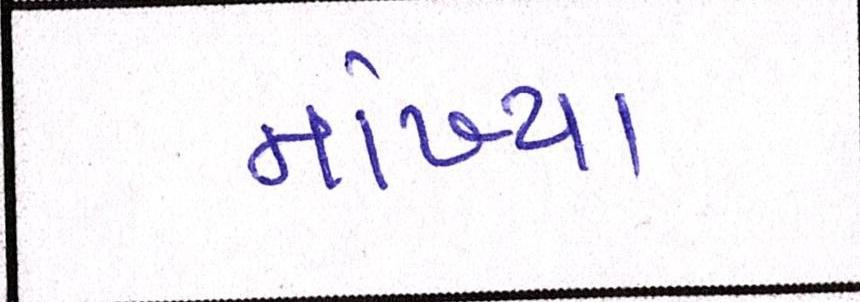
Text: નાંખ્યા